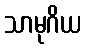
သာမုဂိယ